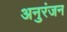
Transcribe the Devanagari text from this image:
अनुरंजन